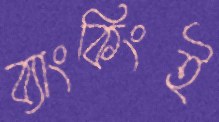
ব্যাংকিংই